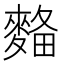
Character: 𪌾